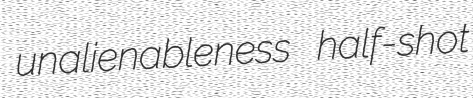
unalienableness half-shot